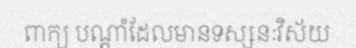
ពាក្យ បណ្តាំដែលមានទស្សនៈវិស័យ